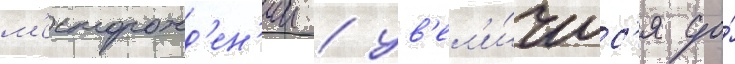
м'есторожд'ен'ии / ув'ел'и́чилс'я до́